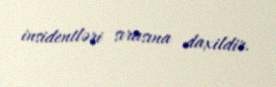
insidentləri sırasına daxildir.